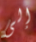
إلى